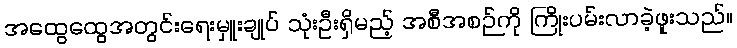
အထွေထွေအတွင်းရေးမှူးချုပ် သုံးဦးရှိမည့် အစီအစဉ်ကို ကြိုးပမ်းလာခဲ့ဖူးသည်။